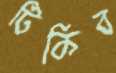
টিকিব